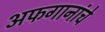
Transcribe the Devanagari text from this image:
अफगानांचे